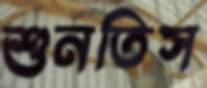
শুনতিস